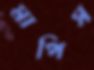
মাপিস